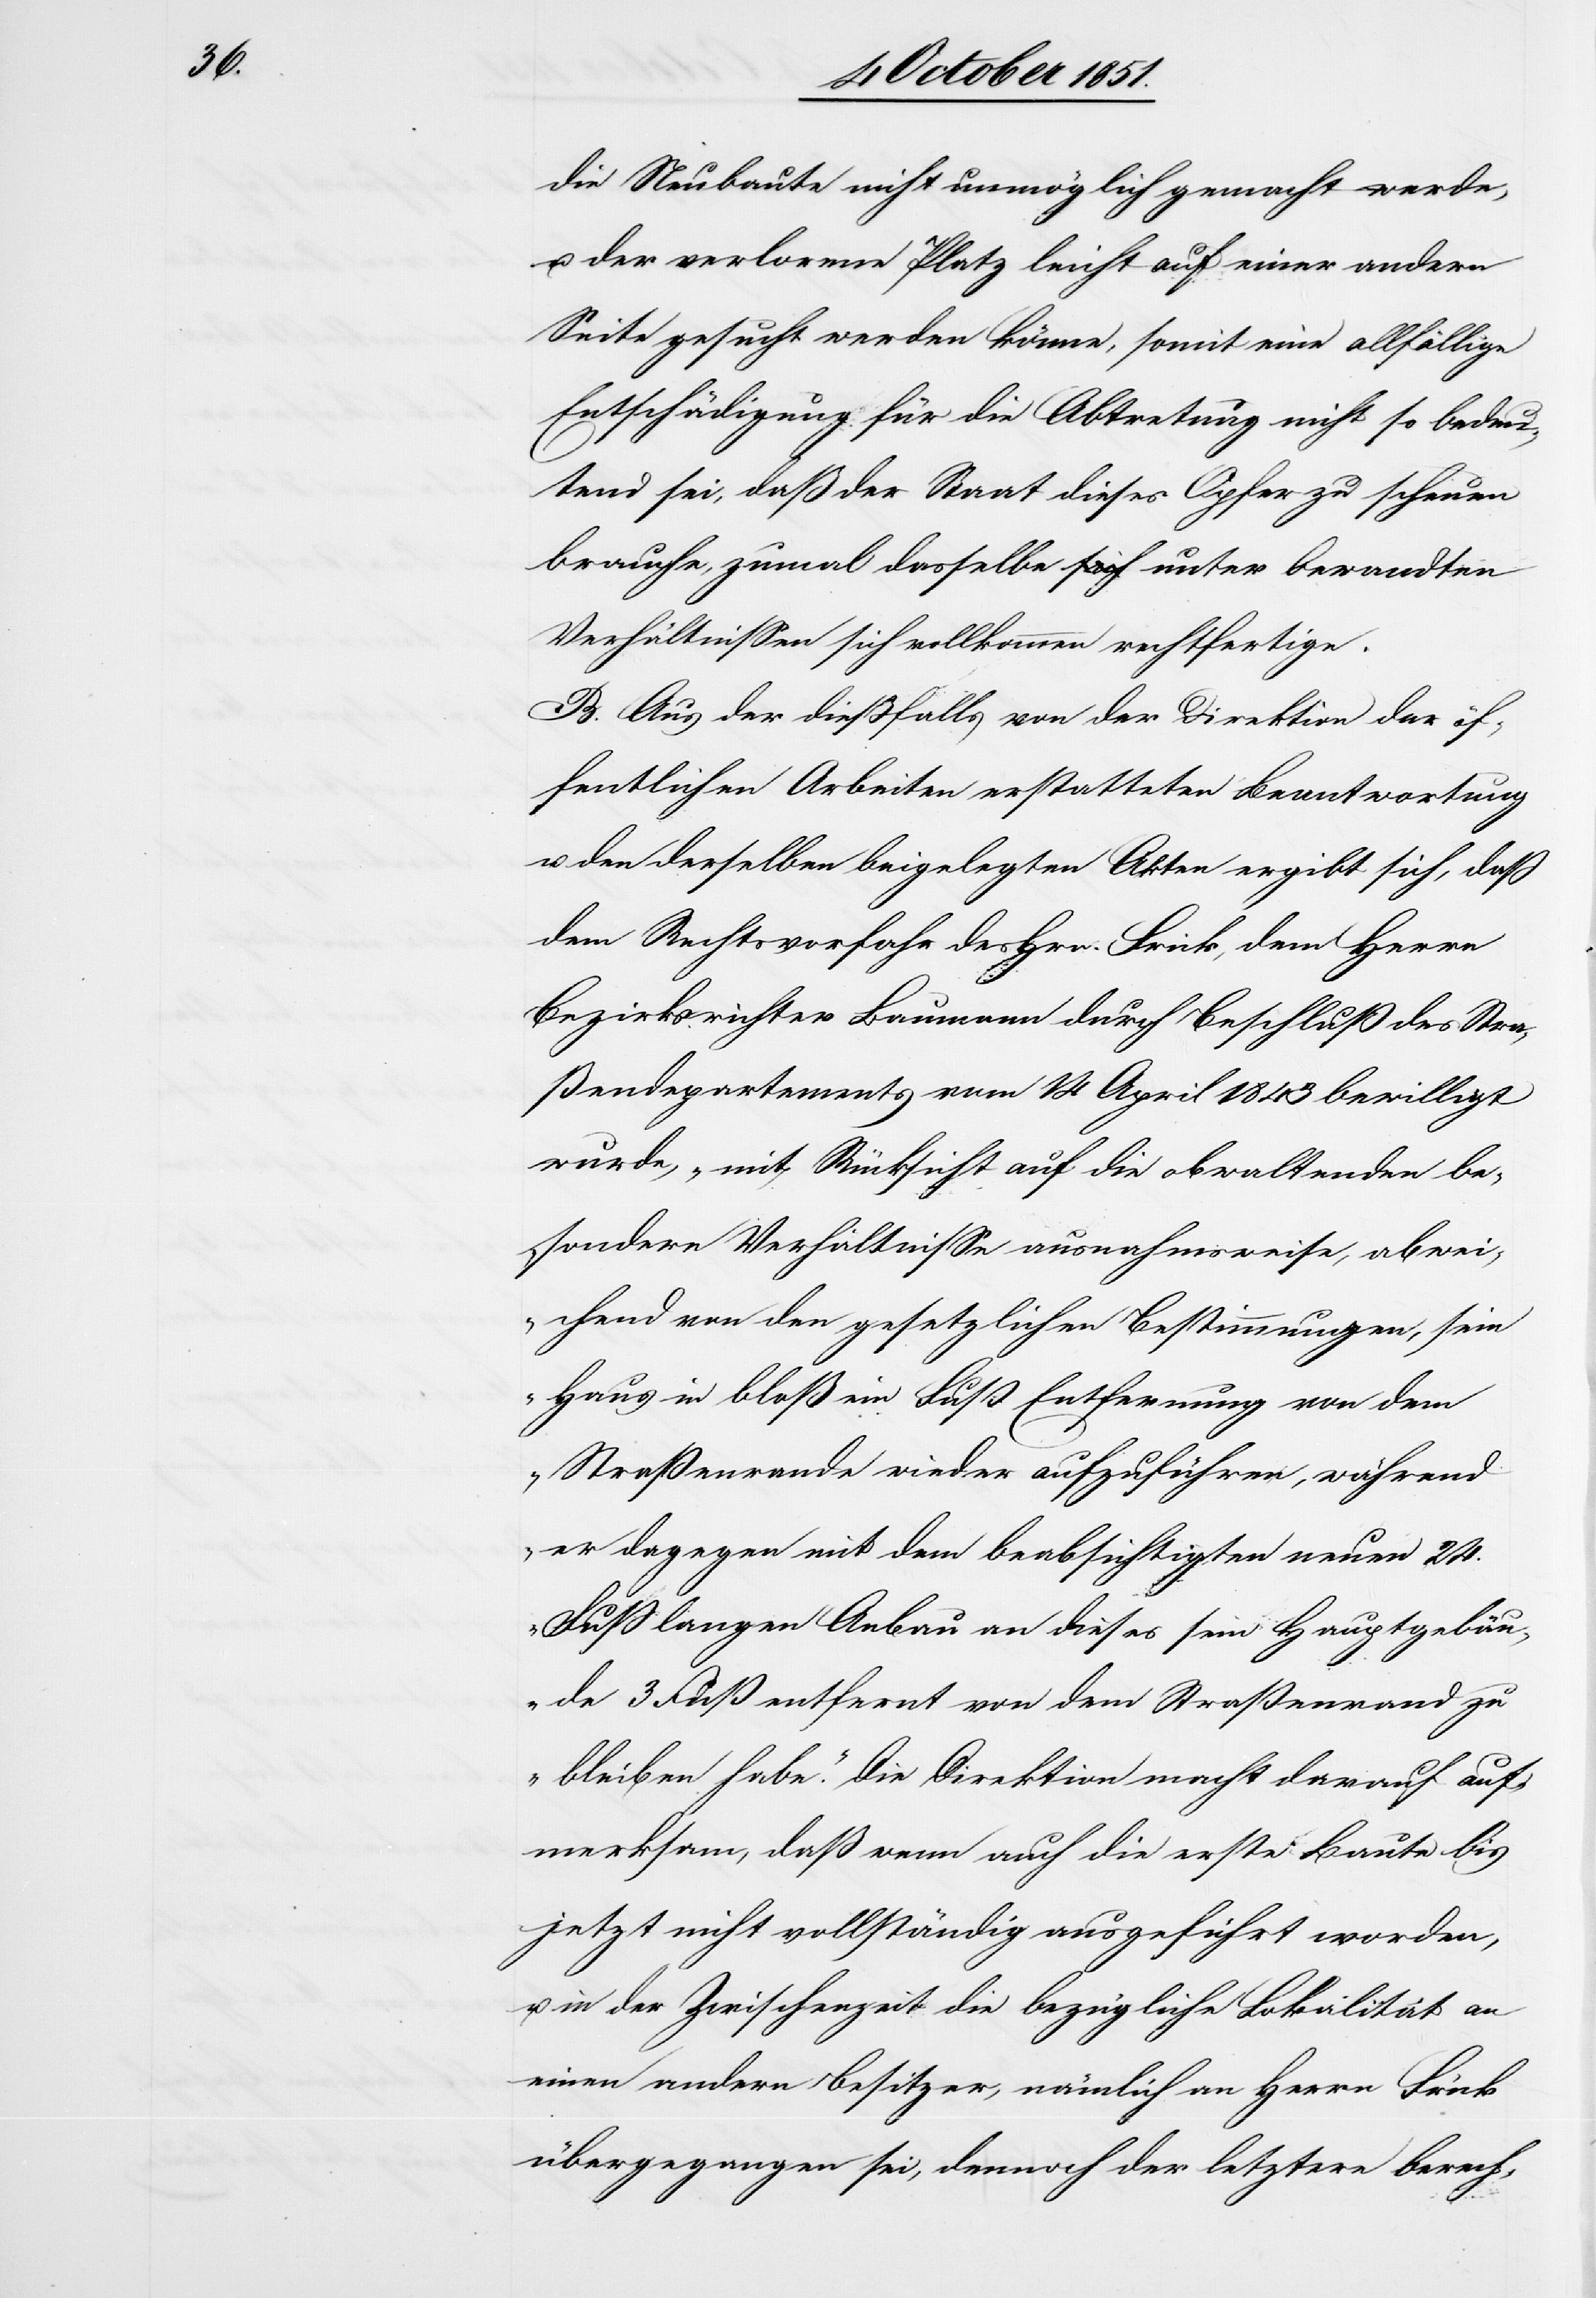
die Neubaute nicht unmöglich gemacht werde,
u. der verlorene Platz leicht auf einer andern
Seite gesucht werden könne, somit eine allfällige
Entschädigung für die Abtretung nicht so bedeu¬
tend sei, daß der Staat dieses Opfer zu scheuen
brauche, zumal dasselbe unter bewandten
Verhältnissen sich vollkommen rechtfertige.
B. Aus der dießfalls von der Direktion der öf¬
fentlichen Arbeiten erstatteten Beantwortung
u. den derselben beigelegten Akten ergibt sich, daß
dem Rechtsvorfahr des Hrn. Frick, dem Herrn
Bezirksrichter Baumann durch Beschluß des Stra¬
ßendepartements vom 14 April 1843 bewilligt
wurde, „mit Rücksicht auf die obwaltenden be¬
sondern Verhältnisse ausnahmsweise, abwei¬
chend von den gesetzlichen Bestimmungen, sein
Haus in bloß ein Fuß Entfernung von dem
Straßenrande wieder aufzuführen, während
er dagegen mit dem beabsichtigten neuen 24.
Fuß langen Anbau an dieses sein Hauptgebäu¬
de 3 Fuß entfernt von dem Straßenrand zu
bleiben habe.“ Die Direktion macht darauf auf¬
merksam, daß wenn auch die erste Baute bis
jetzt nicht vollständig ausgeführt worden,
in der Zwischenzeit die bezügliche Lokalität an
einen andern Besitzer, nämlich an Herrn Frick
übergegangen sei, dennoch der letztere berech-